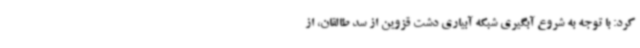
کرد: با توجه به شروع آبگیری شبکه آبیاری دشت قزوین از سد طالقان، از